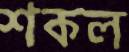
শকল